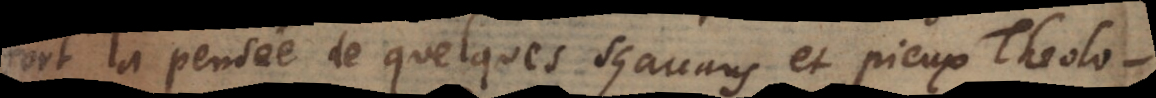
fort la pensée de quelques sçavans et pieux Theolog